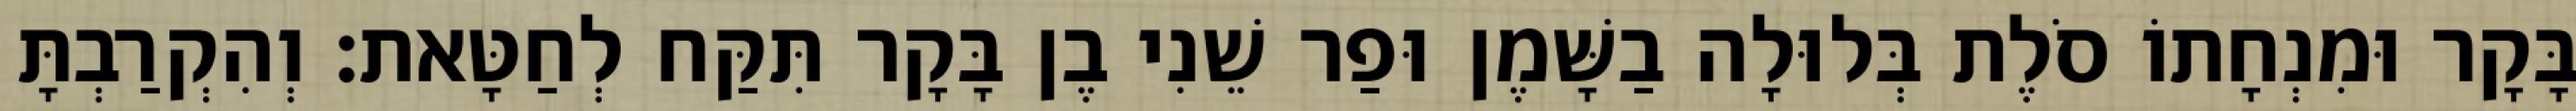
בָּקָר וּמִנְחָתוֹ סֹלֶת בְּלוּלָה בַשָּׁמֶן וּפַר שֵׁנִי בֶן בָּקָר תִּקַּח לְחַטָּאת׃ וְהִקְרַבְתָּ